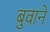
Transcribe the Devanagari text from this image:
बुवाने